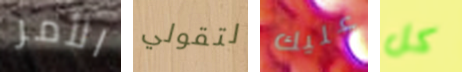
الأمر لتقولي عليك كل